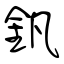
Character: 釩